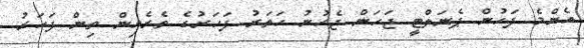
އެންމެ ފަހުން ޕެނަލްޓީ ޖަހަން ޖެހުނު ހަތަރު ފަހަރުގެ ތެރެއިން ތިން ފަހަރު